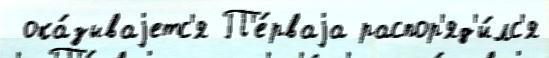
 ока́зываjетс'я П'е́рваjа распор'яд'и́лс'я